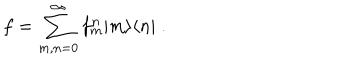
f = \sum _ { m , n = 0 } ^ { \infty } f _ { m } ^ { n } | m \rangle \langle n | \; .